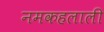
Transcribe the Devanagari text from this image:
नमकहलाली